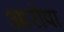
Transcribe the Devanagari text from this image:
आरोपा